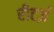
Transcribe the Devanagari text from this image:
रीटर्ज़